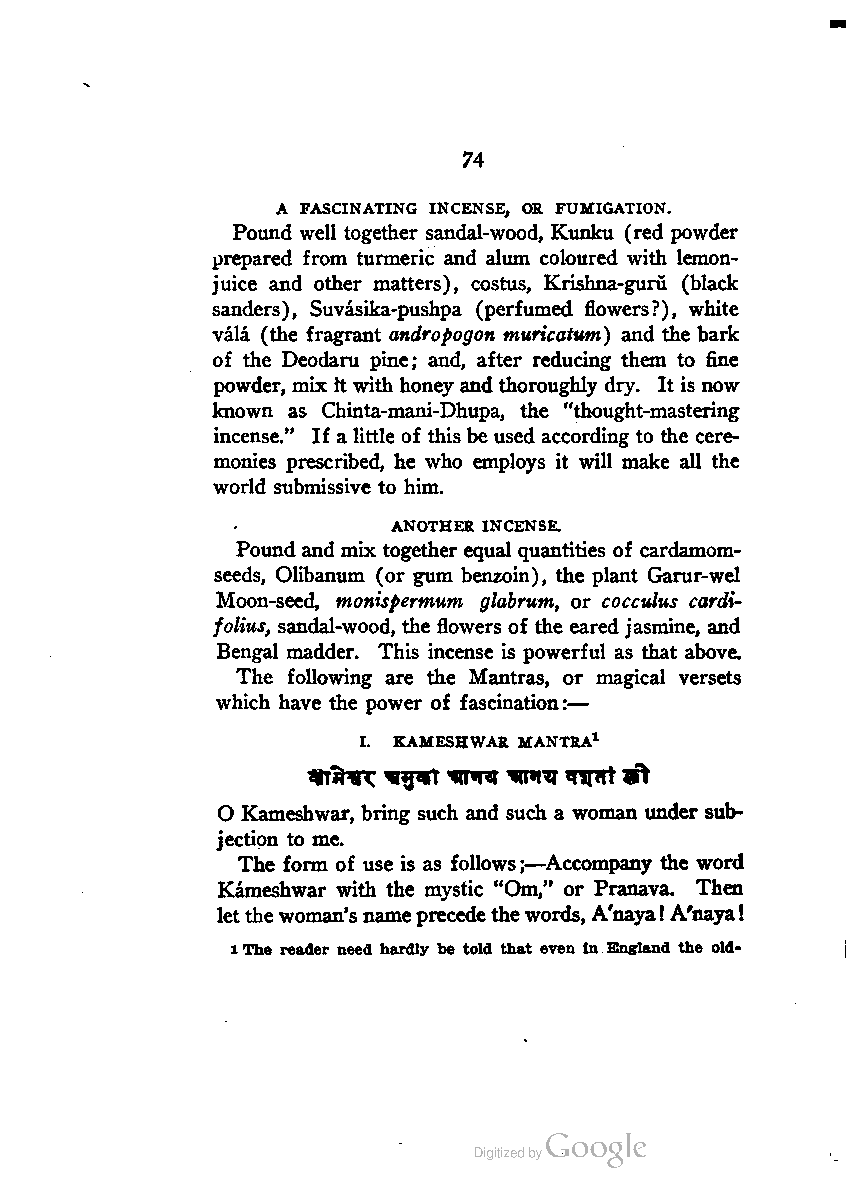
74
 A FASCINATING INCENSE, OR FUMIGATION.
 Pound well together sandal-wood, Kunku (red powder
 prepared from turmeric and alum coloured with lemon-
 juice and other matters), costus, Krishna-guru (black
 sanders), Suvasika-pushpa (perfumed flowers?), white
 vala (the fragrant andropogon muricatum) and the bark
 of the Deodaru pine; and, after reducing them to fine
 powder, mix It with honey and thoroughly dry. It is now
 known as Chinta-mani-Dhupa, the "thought-mastering
 incense." If a little of this be used according to the cere
 monies prescribed, he who employs it will make all the
 world submissive to him.
 ANOTHER INCENSE.
 Pound and mix together equal quantities of cardamom-
 seeds, Olibanum (or gum benzoin), the plant Garur-wel
 Moon-seed, monispermum glabrum, or cocculus cardi-
 folius, sandal-wood, the flowers of the eared jasmine, and
 Bengal madder. This incense is powerful as that above.
 The following are the Mantras, or magical versets
 which have the power of fascination:—
 I. KAMESHWAR MANTRA1
 O Kameshwar, bring such and such a woman under sub
 jection to me.
 The form of use is as follows;—Accompany the word
 Kameshwar with the mystic "Om," or Pranava. Then
 letthewoman'snameprecedethewords, A'naya! A'naya!
 lThe reader need hardly be told that even in England the old